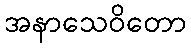
အနာသေဝိတော